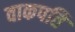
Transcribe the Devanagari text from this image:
वाकपति